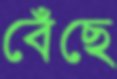
বেঁছে